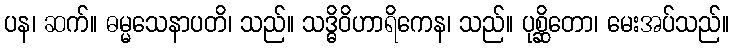
ပန၊ ဆက်။ ဓမ္မသေနာပတိ၊ သည်။ သဒ္ဓိဝိဟာရိကေန၊ သည်။ ပုစ္ဆိတော၊ မေးအပ်သည်။